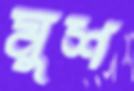
মুশ